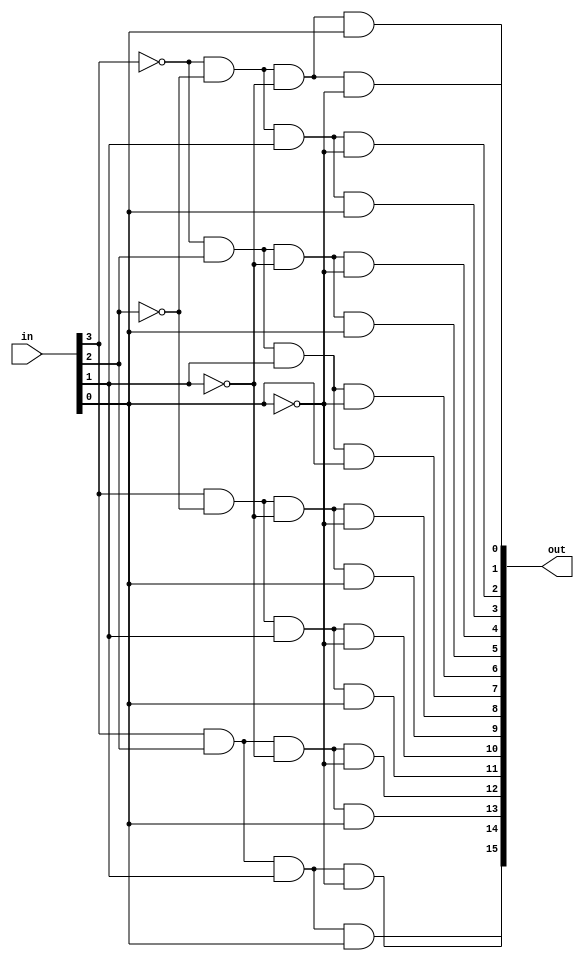
// Design a 4 to 16 decoder using behavioral level of abstraction.

// Another way is shown in the file named decoders.v

module decoder_4to16(output [15:0] out,
                     input [3:0] in);

assign out[14] =  in[3]  &   in[2]  &   in[1]  & (~in[0]);
assign out[13] =  in[3]  &   in[2]  & (~in[1]) &   in[0] ;
assign out[12] =  in[3]  &   in[2]  & (~in[1]) & (~in[0]);
assign out[11] =  in[3]  & (~in[2]) &   in[1]  &   in[0] ;
assign out[10] =  in[3]  & (~in[2]) &   in[1]  & (~in[0]);
assign out[9] =   in[3]  & (~in[2]) & (~in[1]) &   in[0] ;
assign out[8] =   in[3]  & (~in[2]) & (~in[1]) & (~in[0]);
assign out[7] = (~in[3]) &   in[2]  &   in[1]  &   in[0] ;
assign out[6] = (~in[3]) &   in[2]  &   in[1]  & (~in[0]);
assign out[5] = (~in[3]) &   in[2]  & (~in[1]) &   in[0] ;
assign out[4] = (~in[3]) &   in[2]  & (~in[1]) & (~in[0]);
assign out[3] = (~in[3]) & (~in[2]) &   in[1]  &   in[0] ;
assign out[2] = (~in[3]) & (~in[2]) &   in[1]  & (~in[0]);
assign out[1] = (~in[3]) & (~in[2]) & (~in[1]) &   in[0] ;
assign out[0] = (~in[3]) & (~in[2]) & (~in[1]) & (~in[0]);
assign out[15] =  in[3]  &   in[2]  &   in[1]  &   in[0] ;

endmodule